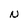
Character: N